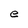
Character: e